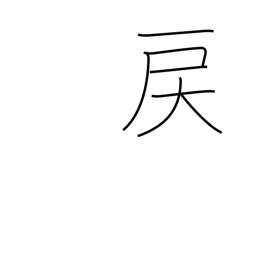
Meaning: go backwards